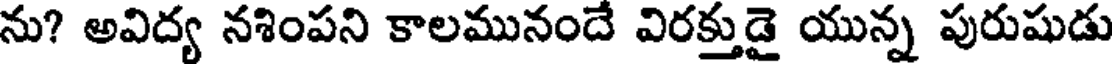
ను? అవిద్య నశింపని కాలమునందే విరక్తుడై యున్న పురుషుడు